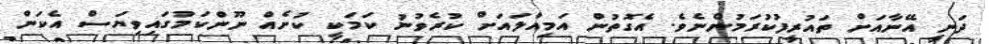
ދަނީ އޭނާއަށް ތައުރީފުުކުރަމުންނެވެ. އެގޮތުން އަމިއްލައަށް ކުރެވުނު ކަމަކީ ކުށެއް ނޫންކަމުގައިވިޔަސް އެކަން